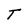
Character: T